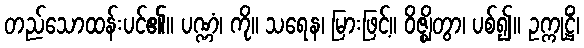
တည်သောထန်းပင်၏။ ပဏ္ဏံ၊ ကို။ သရေန၊ မြားဖြင့်။ ဝိဇ္ဈိတွာ၊ ပစ်၍။ ဥက္ကုဋ္ဌိံ၊